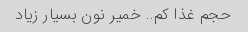
حجم غذا کم.. خمیر نون بسیار زیاد